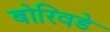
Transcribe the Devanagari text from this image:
बोरिवडे